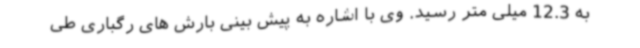
به 12.3 میلی متر رسید. وی با اشاره به پیش بینی بارش های رگباری طی